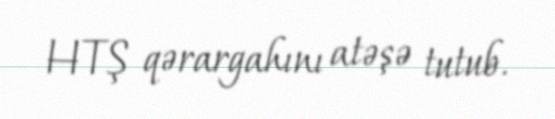
HTŞ qərargahını atəşə tutub.